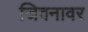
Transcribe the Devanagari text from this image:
जिवनावर